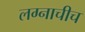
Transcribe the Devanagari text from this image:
लग्नाचीच